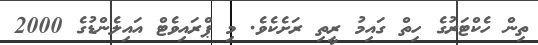
ތިން ހެކްޓަރުގެ ހިތް ގައިމު ރީތި ރަށެކެވެ. މި ޕްރައިވެޓް އައިލެންޑުގެ 2000